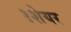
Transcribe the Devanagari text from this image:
१शेयर